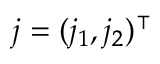
\boldsymbol { j } = ( j _ { 1 } , j _ { 2 } ) ^ { \intercal }